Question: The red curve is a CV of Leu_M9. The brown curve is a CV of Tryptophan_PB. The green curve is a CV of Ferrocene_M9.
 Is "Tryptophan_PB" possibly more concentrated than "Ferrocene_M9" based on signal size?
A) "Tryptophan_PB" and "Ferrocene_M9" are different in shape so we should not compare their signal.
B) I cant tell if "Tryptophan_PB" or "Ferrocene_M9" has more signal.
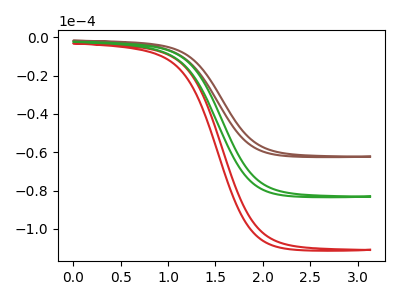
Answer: <think>The red curve "Leu_M9" has no peaks. The brown curve "Tryptophan_PB" has no peaks. The green curve "Ferrocene_M9" has no peaks.
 Neither "Tryptophan_PB" or "Ferrocene_M9" have any peaks.</think>
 <answer>B) I cant tell if "Tryptophan_PB" or "Ferrocene_M9" has more signal.</answer>
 <eval>B</eval>